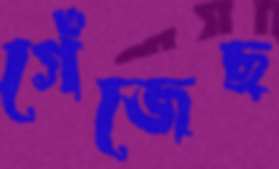
গেঁজেছ